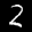
Label: 2